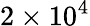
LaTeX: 2\times 10^{4}